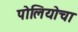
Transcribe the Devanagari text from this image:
पोलियोचा